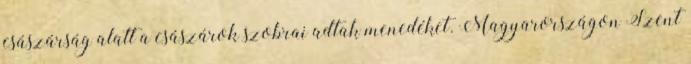
császárság alatt a császárok szobrai adtak menedéket. Magyarországon Szent